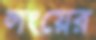
লংয়ের